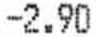
-2.90